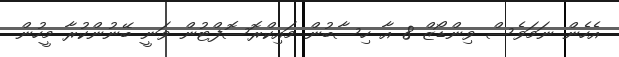
އެހެން ނަމަވެސް ވިންޑޯޒް 8 އާ ހިސާބުން މައިކްރޮސޮފްޓުން ވަނީ ބޭނުންކުރާ މީހުން